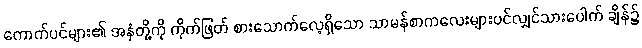
ကောက်ပင်များ၏ အနှံတို့ကို ကိုက်ဖြတ် စားသောက်လေ့ရှိသော သာမန်စာကလေးများပင်လျှင်သားပေါက် ချိန်၌